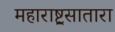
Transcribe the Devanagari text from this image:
महाराष्ट्रसातारा